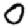
Digit: 0